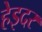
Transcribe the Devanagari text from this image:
हेइदर